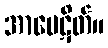
အာမေဋိတ်။